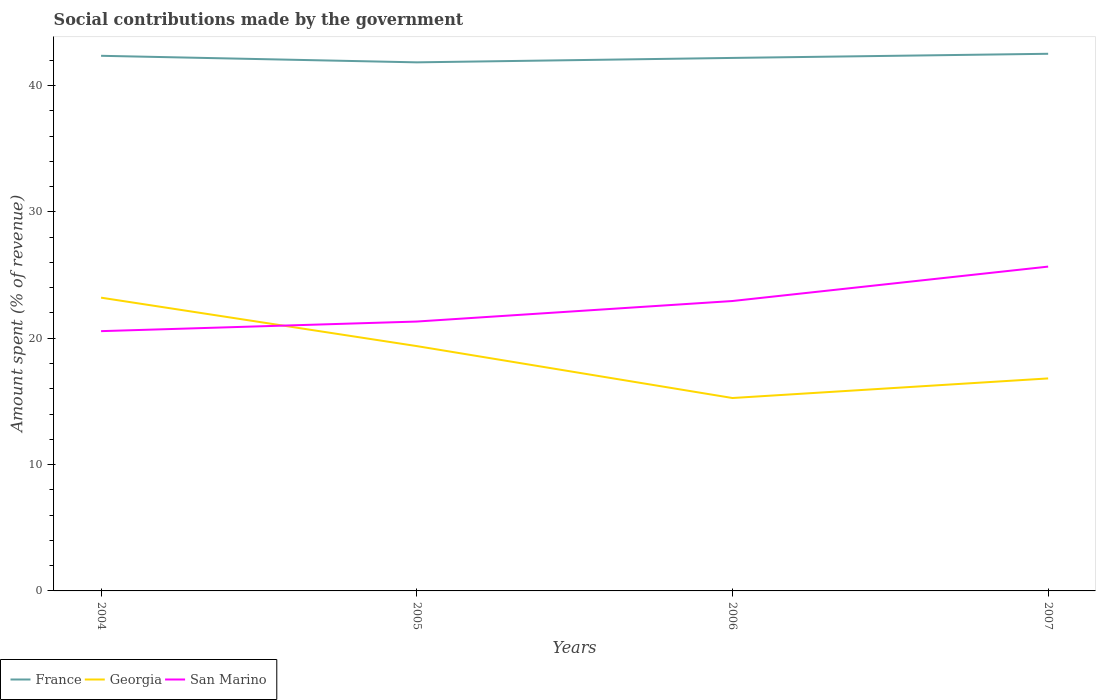
| Years | France | Georgia | San Marino |
 | --- | --- | --- | --- |
 | 2004 | 42.4 | 23.2 | 20.6 |
 | 2005 | 41.8 | 19.4 | 21.3 |
 | 2006 | 42.2 | 15.3 | 22.9 |
 | 2007 | 42.5 | 16.8 | 25.7 |